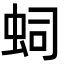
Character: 𧉠